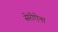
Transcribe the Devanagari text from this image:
सेरीऐना